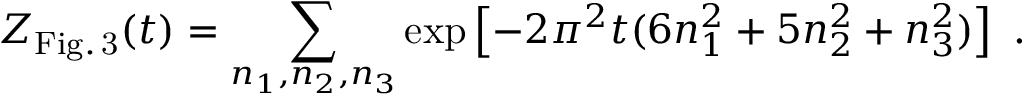
Z _ { \mathrm { F i g . \, 3 } } ( t ) = \sum _ { n _ { 1 } , n _ { 2 } , n _ { 3 } } \exp \left[ - 2 \pi ^ { 2 } t ( 6 n _ { 1 } ^ { 2 } + 5 n _ { 2 } ^ { 2 } + n _ { 3 } ^ { 2 } ) \right] ~ .